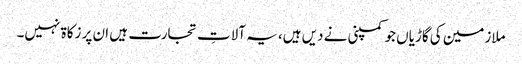
ملازمین کی گاڑیاں جو کمپنی نے دیں ہیں، یہ آلاتِ تجارت ہیں ان پر زکاۃ نہیں۔